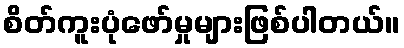
စိတ်ကူးပုံဖော်မှုများဖြစ်ပါတယ်။